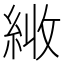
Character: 𦀏